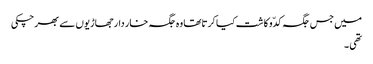
میں جس جگہ کدّو کاشت کیا کرتاتھا وہ جگہ خار دار جھاڑیوں سے بھر چکی
تھی ۔